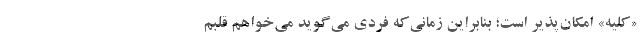
«کلیه» امکان‌پذیر است؛ بنابراین زمانی‌که فردی می‌گوید می‌خواهم قلبم